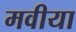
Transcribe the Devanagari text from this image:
मवीया